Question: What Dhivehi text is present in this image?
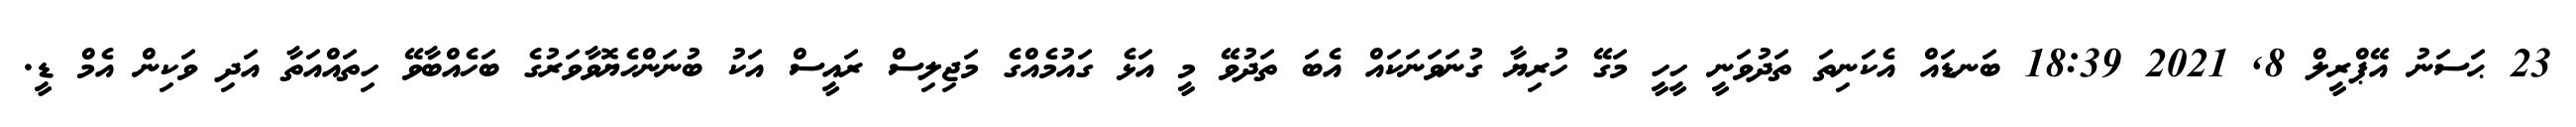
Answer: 23 ޙަސަނު އޭޕްރީލް 8, 2021 18:39 ބަނޑައް އެކަނިތަ ތަދުވަނީ ހީހީ މަގޭ ހުރިޔާ ގުނަވަނަކައް އެބަ ތަދުވޭ މީ އަޅެ ގައުމެއްގެ މަޖިލިސް ރައީސް އަކު ބުނަންހެޔޮވާވަރުގެ ބަހެއްބާވޭ ހިތައްއަތާ އަދި ވަކިން އެމް ޑީ.